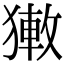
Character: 𤡄